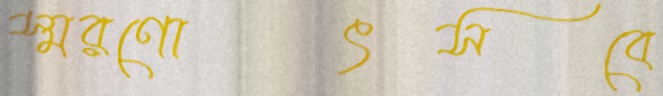
স্মরণোৎসবে